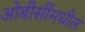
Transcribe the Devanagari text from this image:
ओबीसींमधील